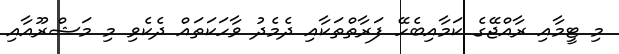
މި ޓީމާއި ރާއްޖޭގެ ކަމާއިބެހޭ ފަރާތްތަކާއި ދެމެދު ވާހަކަތައް ދެކެވި މި މަޝްރޫއާއި